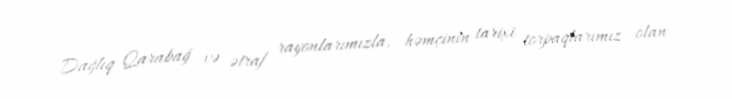
Dağlıq Qarabağ və ətraf rayonlarımızla, həmçinin tarixi torpaqlarımız olan